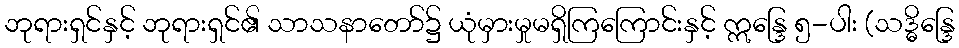
ဘုရားရှင်နှင့် ဘုရားရှင်၏ သာသနာတော်၌ ယုံမှားမှုမရှိကြကြောင်းနှင့် ဣန္ဒြေ ၅-ပါး (သဒ္ဓိန္ဒြေ